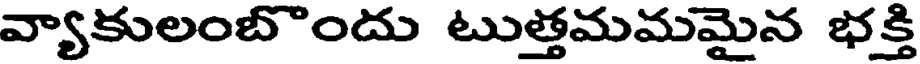
వ్యాకులంబొందు టుత్తమమమైన భక్తి